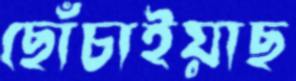
ছোঁচাইয়াছ